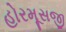
હોરમૂસજી